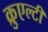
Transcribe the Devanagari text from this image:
क्रुएल्टी